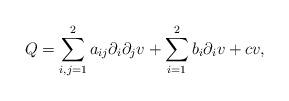
LaTeX: \begin{align*}Q=\sum_{i,j=1}^2a_{ij}\partial_i\partial_jv+\sum_{i=1}^2b_i\partial_iv+cv,\end{align*}